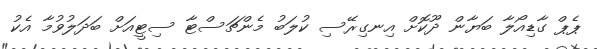
ޕެޕް ގާޑިއޯލާ ބަޔާން ދޫކޮށް އިނގިރޭސި ކުލަބު މެންޗަސްޓާ ސިޓީއަށް ބަދަލުވުމާ އެކު